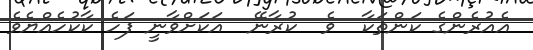
އެއުރެންގެ ކަންތަކާ  ވެ  ކުރާނޭ  އަކަށްވާނީ ފަހެ ކާކުހެއްޔެވެ